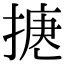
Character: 𢱅